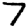
Digit: 7